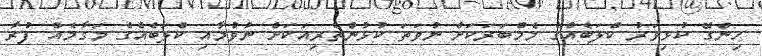
ހިންގޭ ކުޅިވަރު ކްލަބެއްގެ މެމްބަރަކަށް ނުވަތަ ކުޅުންތެރިއަކަށް ނުވުމާއި ކްލަބެއްގެ މަގާމެއް ފުރާ